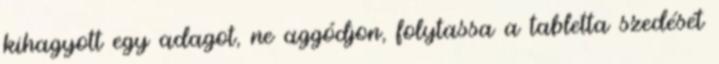
kihagyott egy adagot, ne aggódjon, folytassa a tabletta szedését